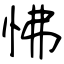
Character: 怫